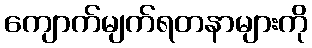
ကျောက်မျက်ရတနာများကို